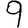
Digit: 9